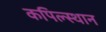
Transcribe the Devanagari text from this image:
कपिल्स्थान